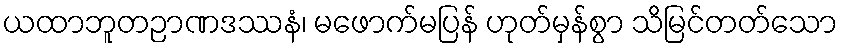
ယထာဘူတဉာဏဒဿနံ၊ မဖောက်မပြန် ဟုတ်မှန်စွာ သိမြင်တတ်သော